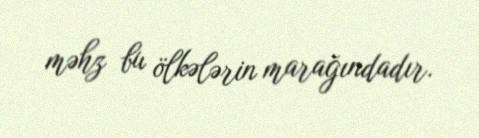
məhz bu ölkələrin marağındadır.